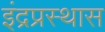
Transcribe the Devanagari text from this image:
इंद्रप्रस्थास